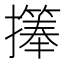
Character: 𪮹